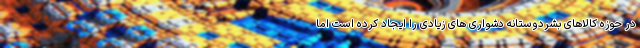
در حوزه کالاهای بشردوستانه دشواری های زیادی را ایجاد کرده است اما